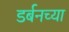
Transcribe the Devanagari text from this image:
डर्बनच्या